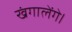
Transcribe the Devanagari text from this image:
खंगालेंगे।